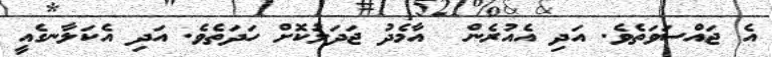
އެ ޖައްސަވަތެވެ. އަދި އެއުރެން  އާމެދު ޖަދަލުކޮށް ހަދަތެވެ. އަދި އެކަލާނގެއީ